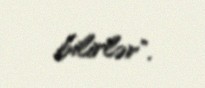
bilirlər".